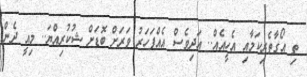
ތި އޯގާތެރިކަމާއި އެހީއެއް.. އަދިވެސް އެއްފަހަރު ވަރަށް ބޮޑަށް ޝުކުރިއްޔަ.. މިއީ ދެން